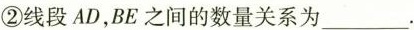
②线段AD，BE之间的数量关系为___.